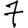
Digit: 7